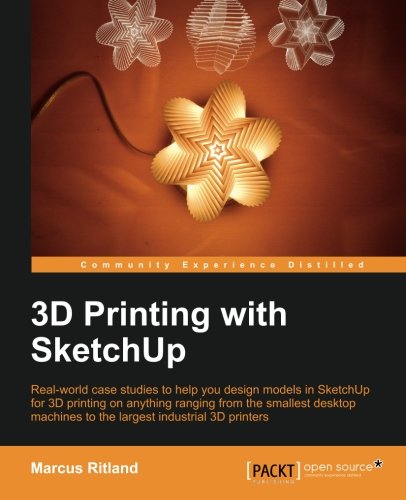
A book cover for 3D Printing with SketchUp; Marcus Ritland; Computers & Technology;